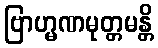
ဗြာဟ္မဏမုတ္တမန္တိ